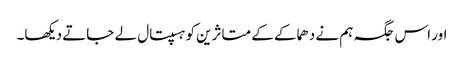
اور اس جگہ ہم نے دھماکے کے متاثرین کو ہسپتال لے جاتے دیکھا۔